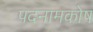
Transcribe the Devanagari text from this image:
पदनामकोष